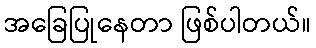
အခြေပြုနေတာ ဖြစ်ပါတယ်။